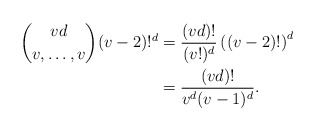
\begin{align*}\binom{vd}{v, \ldots, v}(v-2)!^d&=\frac{(vd)!}{(v!)^d}\left((v-2)!\right)^d\\&=\frac{(vd)!}{v^d(v-1)^d}.\end{align*}